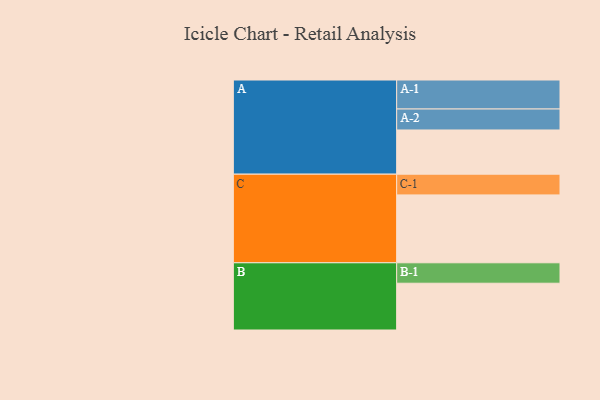
{"axis": {"x": "Segment", "y": "Value"}, "legend": ["", "A", "B", "C"], "data": [{"x": "A", "y": 331, "type": ""}, {"x": "B", "y": 350, "type": ""}, {"x": "C", "y": 508, "type": ""}, {"x": "A-1", "y": 217, "type": "A"}, {"x": "A-2", "y": 157, "type": "A"}, {"x": "B-1", "y": 153, "type": "B"}, {"x": "C-1", "y": 155, "type": "C"}]}